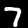
Digit: 7